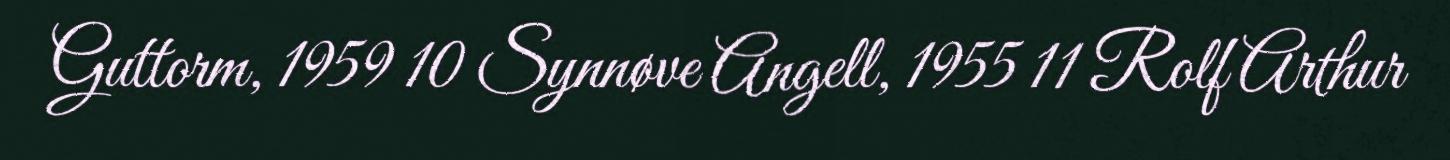
Guttorm, 1959 10 Synnøve Angell, 1955 11 Rolf Arthur